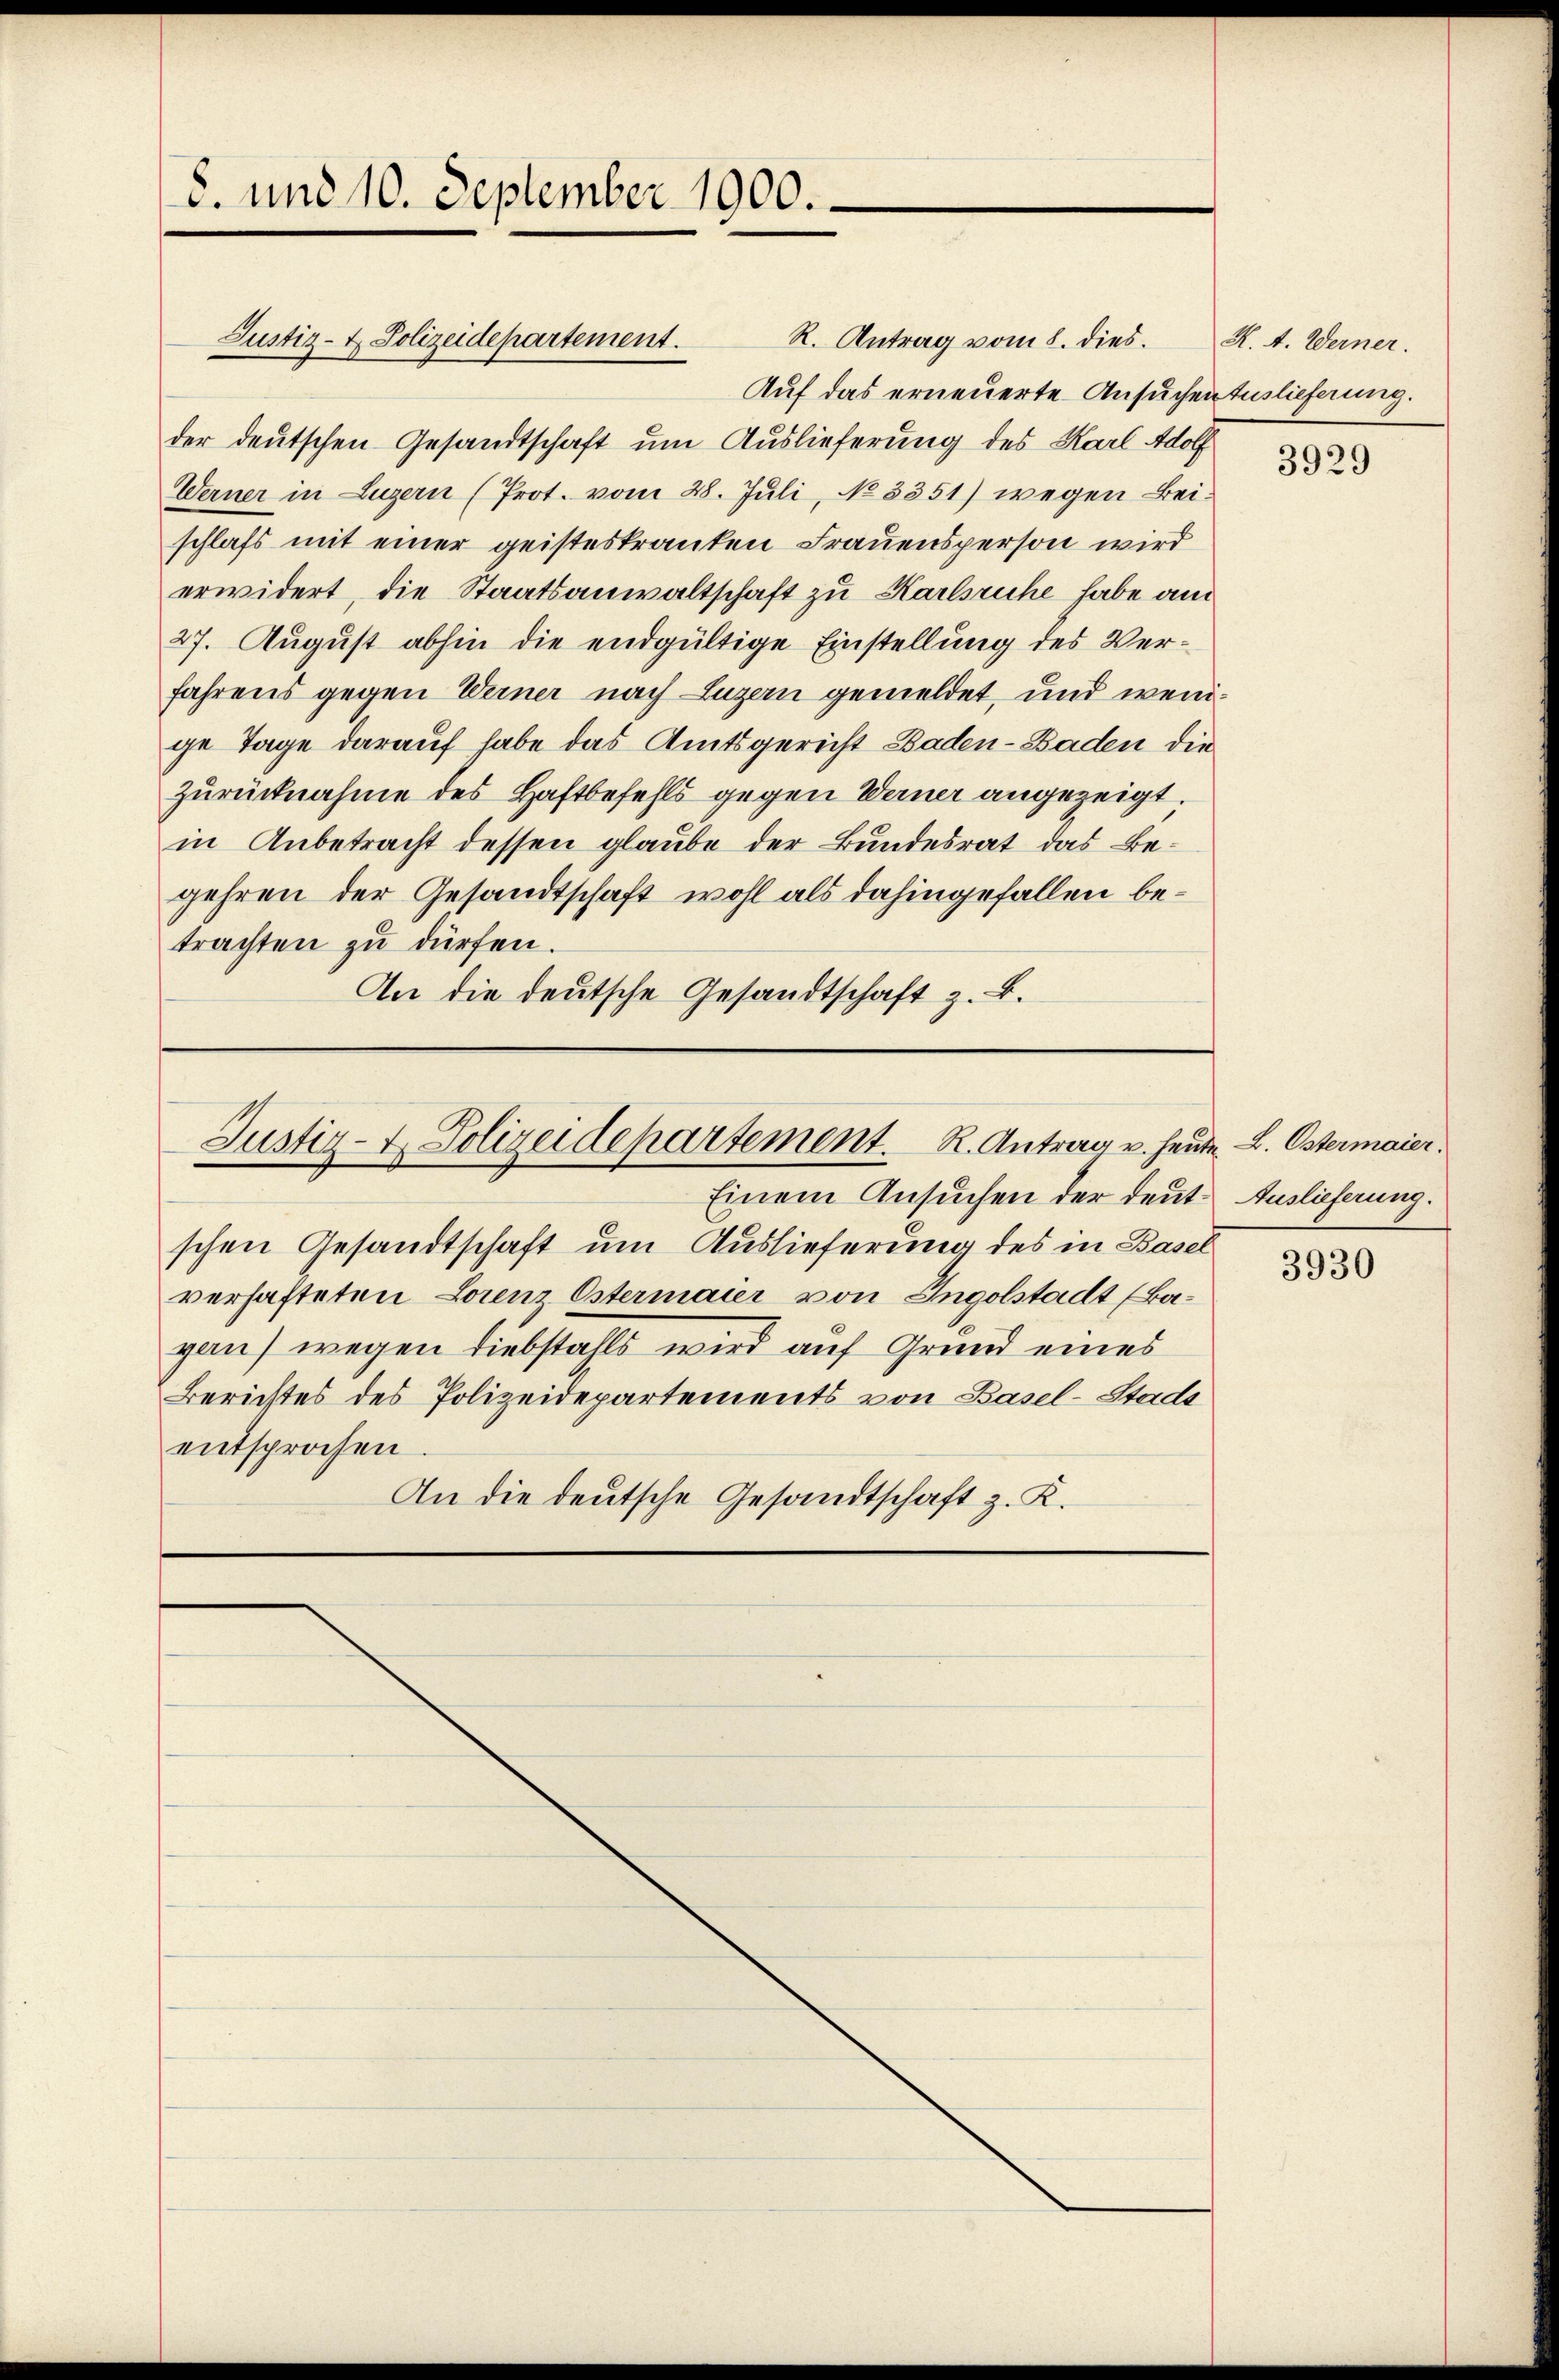
8. und 10. September 1900.

R. Antrag vom 8. dies.
Auf das erneuerte Ansuchen Auslieferung.
der deutschen Gesandtschaft um Auslieferung des Karl Adolf
Werner in Luzern (Prot. vom 28. Juli, No. 3351) wegen Beischlafs mit einer geisteskranken Frauensperson wird
erwidert, die Staatsanwaltschaft zu Karlsruhe habe am
27. August abhin die endgültige Einstellung des Verfahrens gegen Werner nach Luzern gemeldet, und wenige Tage darauf habe das Amtsgericht Baden-Baden die
zurücknahme des Haftbefehls gegen Werner angezeigt.
in Anbetracht dessen glaube der Bundesrat das Begehren der Gesandtschaft wohl als dahingefallen betrachten zu dürfen.
An die deutsche Gesandtschaft z. B.

Justiz- & Polizeidepartement.

Justiz- & Polizeidepartement. R. Antrag u. heute L. Ostermaier.

Einem Ansuchen der deut. Auslieferung.
schen Gesandtschaft um Auslieferung des in Basel
verhafteten Lorenz Östermaier von Ingolstadt (Bagau) wegen Liebstahls wird auf Grund eines
Berichtes des Polizeidepartements von Basel-Stadt
entsprochen.
An die deutsche Gesandtschaft z. K.

K. A. Werner.

3929

3930